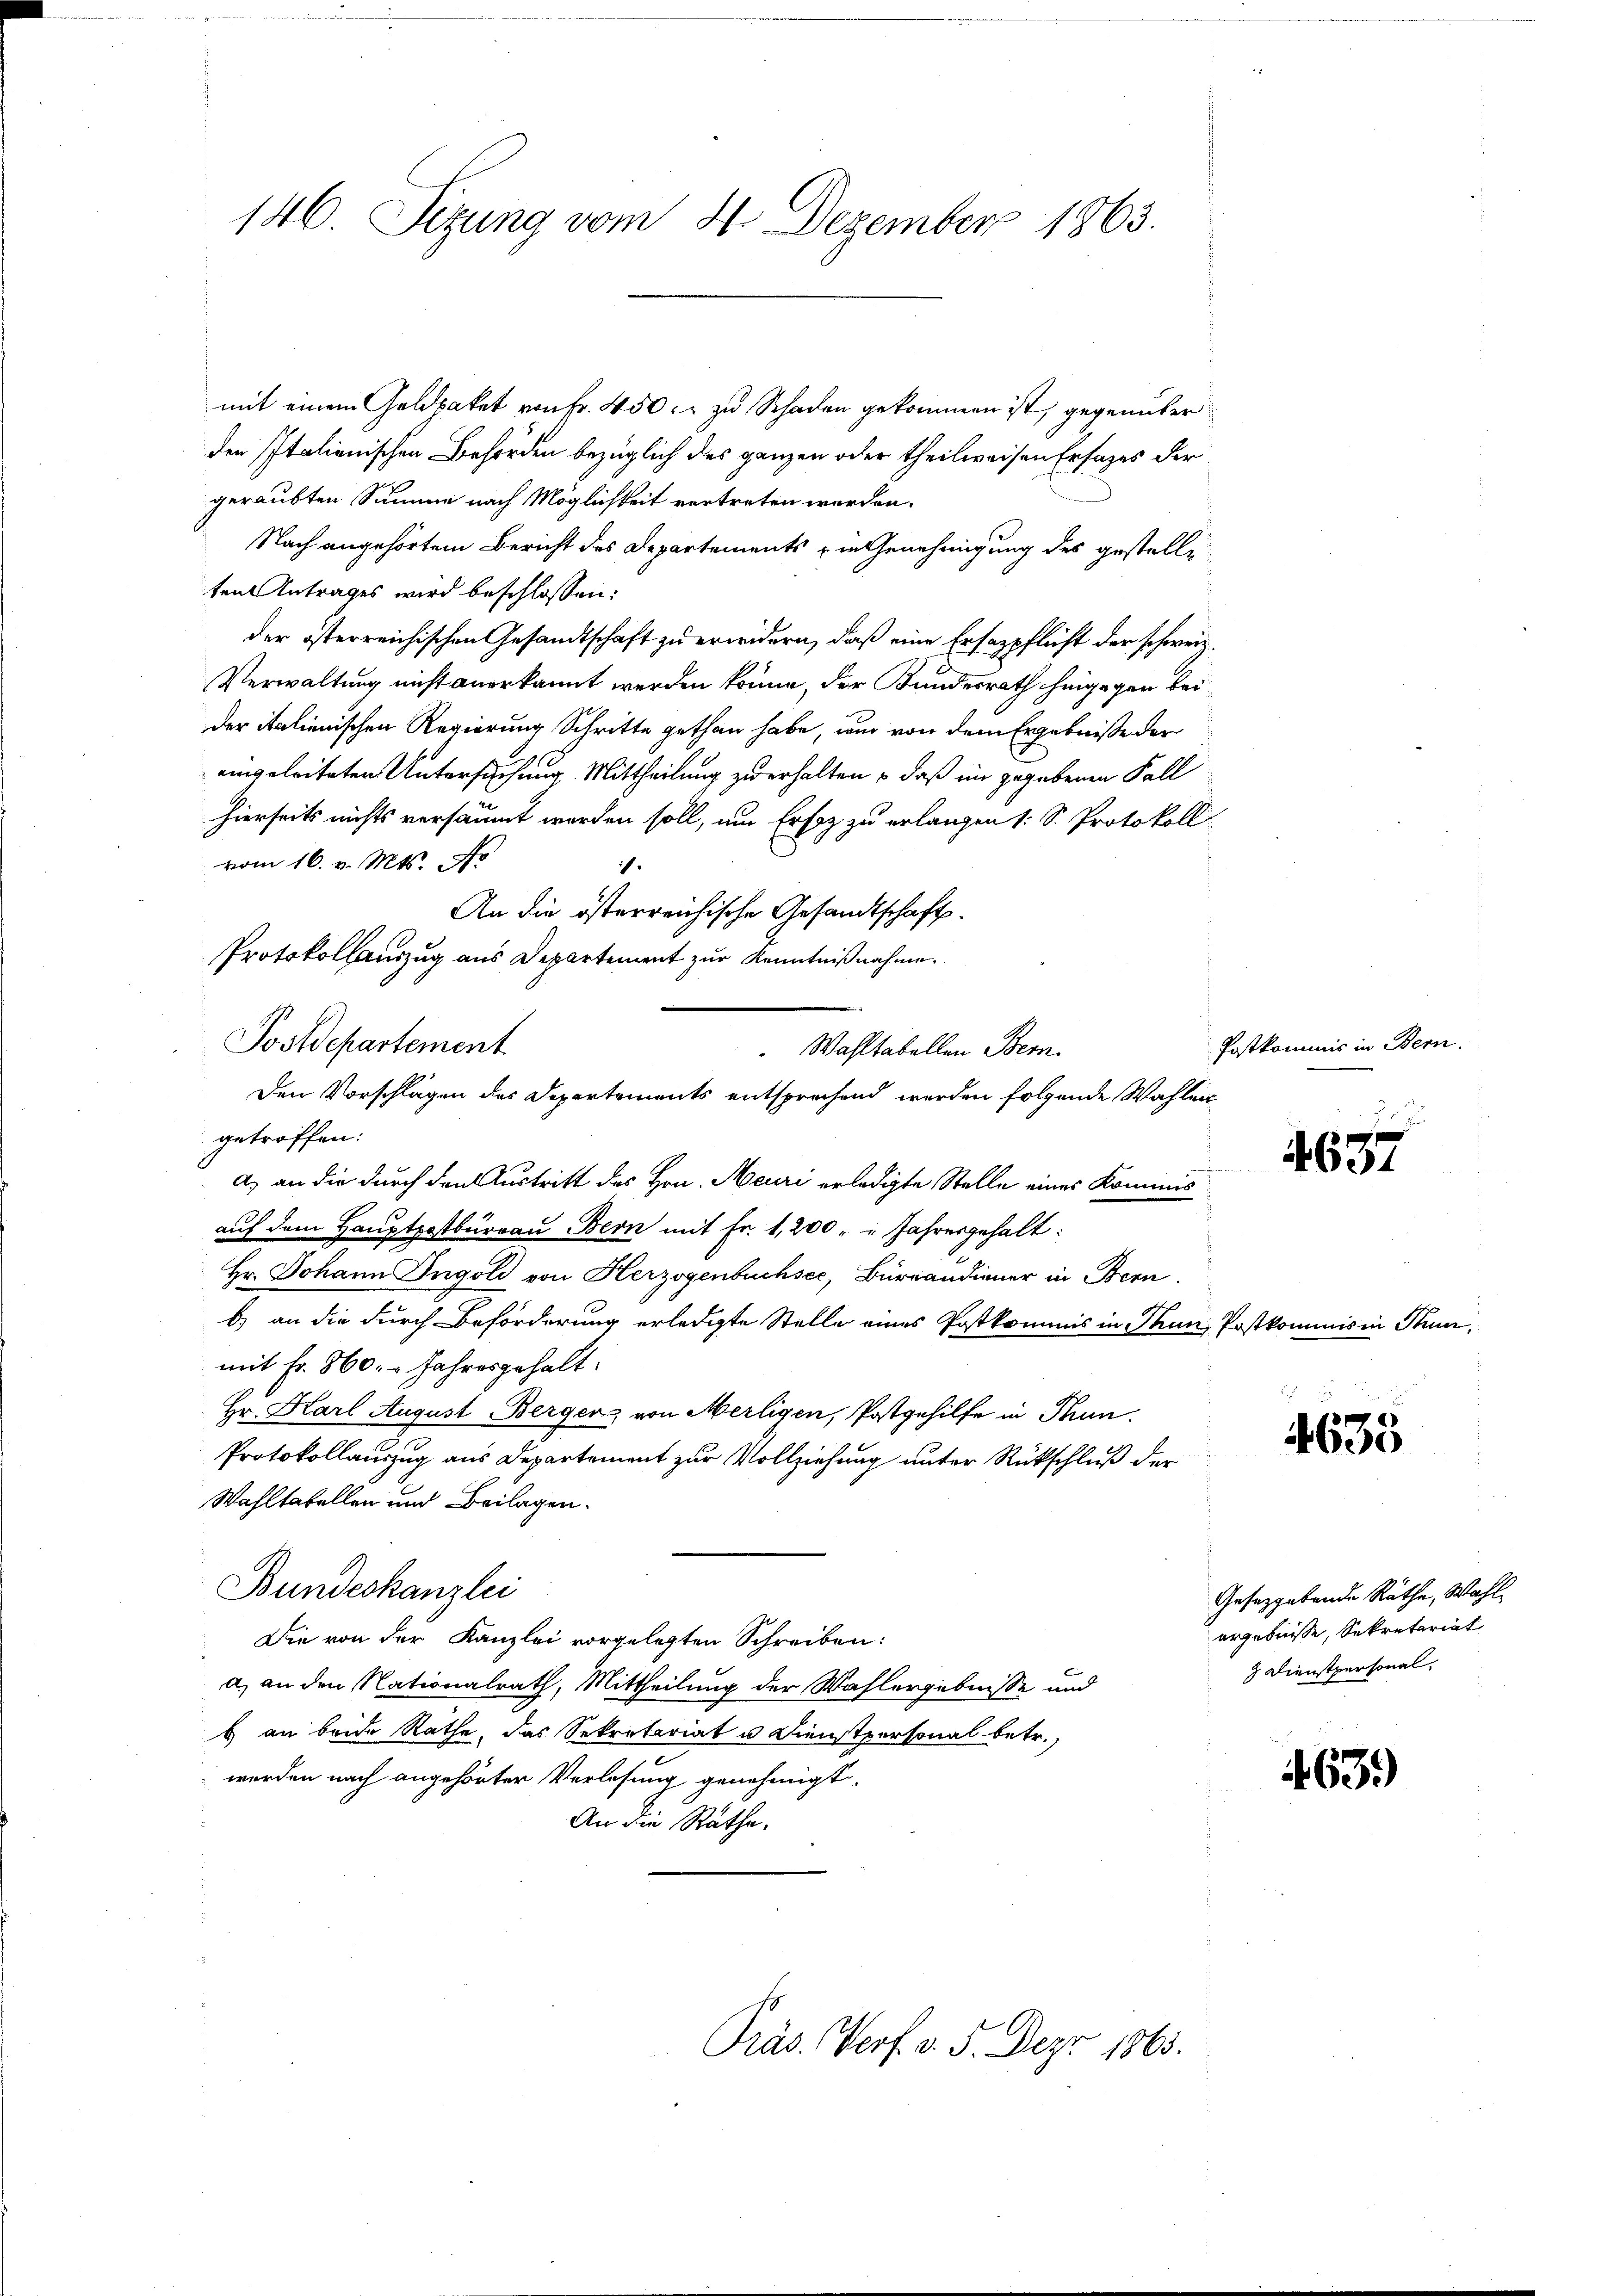
146. Sitzung vom 4. Dezember 1863.

mit einem Goldpaket von Fr. 450. zu Schaden gekommen ist, gegenüber
den Italienischen Behörden bezüglich des ganzen oder theilweisen Ersatzes der
geraubten Summe nach Möglichkeit vertreten werden.
Nach angehörtem Bericht des Departements in Genehmigung des gestellten Antrages wird beschlossen:
der österreichischen Gesandtschaft zu erwidern, daß eine Ersazpflicht der schweiz.
Verwaltung nicht anerkannt werden könne, der Bundesrath hingegen beider italienischen Regierung Schritte gethan habe, und von dem Ergebniße der
eingeleiteten Untersuchung Mittheilung zu erhalten , daß in gegebenen Fall
hierseits nichts versäumt worden soll, um Erhoz zu erlangen (: S. Protokoll
vom 16. v. Mts. No
is.
getroffen:
a.) an die durch den Austritt des Hrn. Meuri erledigte Stelle eines Kommis
auf dem Hauptpostbureau Bern mit Fr. 1,200 " " Jahresgehalt:
Hr. Johann Ingold von Herzogenbuchsee, Büreandiener in Bern,
b) an die durch Beförderung erledigte Stelle eines Postkommis in Thun, Postkommis in Thun,
mit Fr. 860. Jahresgehalt.
Hr. Karl August Berger von Merligen, Postgehilfe in Thun.
Protokollauszug aus Departement zur Vollziehung unter Rückschluß der
Wahltatellen und Beilagen.
Bundeskanzlei
Die von der Kanzlei vorgelegten Schreiben:
a) an den Nationalrath, Mittheilung der Wahlergebnisse und
b an beide Rathe, das Sekretariat u. Dienstpersonal betr.
worden nach angehörter Verlesung genehmigt.
An die Rathe.
Präs. Prof. v. 5. Dez. 1863.

An die österreichische Gesandtschaft.
Protokollauszug aus Departement zur Kenntnißnahme.
Postdepartement
Wahltatellen Bem
Den Vorschlägen des Departements entsprechend werden folgende Wahlen

Postkommis in Bern.

657

4635

Gesetzgebende Räthe, Wahl-
ergebnisse, Sekretariat
3 Dienstpersonal

463)